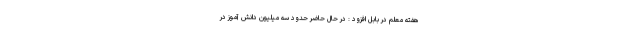
هفته معلم در بابل افزود : در حال حاضر حدود سه میلیون دانش آموز در